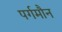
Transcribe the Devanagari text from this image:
पर्गमौन